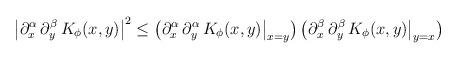
LaTeX: \begin{align*}\bigl| \partial^\alpha_x\, \partial^\beta_y\, K_\phi (x, y) \bigr|^2\le \bigl( \partial^\alpha_x\, \partial^\alpha_y\, K_\phi (x, y)\big|_{x=y} \bigr)\, \bigl( \partial^\beta_x\, \partial^\beta_y\, K_\phi (x, y)\big|_{y=x} \bigr)\end{align*}